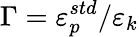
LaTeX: \Gamma=\varepsilon_{p}^{std}/\varepsilon_{k}